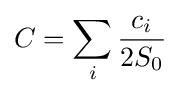
C=\sum _{i}{\frac {c_{i}}{2S_{0}}}